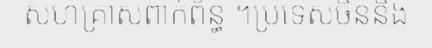
សហគ្រាសពាក់ព័ន្ធ ។ប្រទេសចិននិង